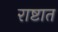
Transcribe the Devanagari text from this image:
राष्टात